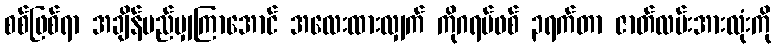
စစ်ဖြစ်ရာ အချိန်မည်မျှကြာအောင် အလေးထားလျှက် ကိုဂရပ်ဖစ် ၃ရက်တာ ဇာတ်လမ်းအားလုံးကို